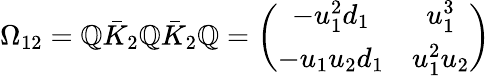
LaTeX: \Omega_{12}=\mathbb{Q}\bar{{K}}_{2}\mathbb{Q}\bar{{K}}_{2}\mathbb{Q}=\left(\begin{array}{cc}{{-u_{1}^{2}d_{1}}}&{{u_{1}^{3}}}\\ {{-u_{1}u_{2}d_{1}}}&{{u_{1}^{2}u_{2}}}\end{array}\right)